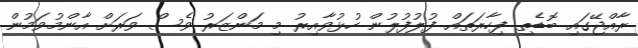
ރާއްޖޭގައި ބޮޑެތި ފިހާރަތައް ފުލުފުލުން ހުޅުވާއިރު މި މަންޒަރު ވެސް ވަރަށް އާންމުވަމުން